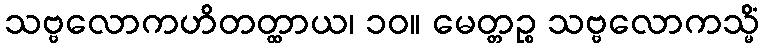
သဗ္ဗလောကဟိတတ္ထာယ၊ ၁၀။ မေတ္တဉ္စ သဗ္ဗလောကသ္မိံ